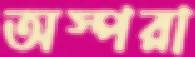
অস্পরা